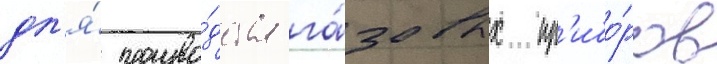
дл'я́ произво́дства га́зовых пр'ибо́ров